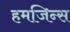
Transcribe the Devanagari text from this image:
हमजिन्स